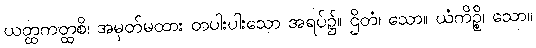
ယတ္ထကတ္ထစိ၊ အမှတ်မထား တပါးပါးသော အရပ်၌။ ဌိတံ၊ သော။ ယံကိဉ္စိ၊ သော။